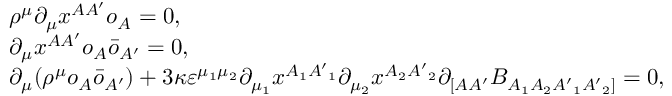
\begin{array} { l } { { \rho ^ { \mu } \partial _ { \mu } x ^ { A A ^ { \prime } } o _ { A } = 0 , } } \\ { { \partial _ { \mu } x ^ { A A ^ { \prime } } o _ { A } \bar { o } _ { A ^ { \prime } } = 0 , } } \\ { { \partial _ { \mu } ( \rho ^ { \mu } o _ { A } \bar { o } _ { A ^ { \prime } } ) + 3 \kappa \varepsilon ^ { \mu _ { 1 } \mu _ { 2 } } \partial _ { \mu _ { 1 } } x ^ { A _ { 1 } { A ^ { \prime } } _ { 1 } } \partial _ { \mu _ { 2 } } x ^ { A _ { 2 } { A ^ { \prime } } _ { 2 } } \partial _ { [ A A ^ { \prime } } B _ { A _ { 1 } A _ { 2 } { A ^ { \prime } } _ { 1 } { A ^ { \prime } } _ { 2 } ] } = 0 , } } \end{array}